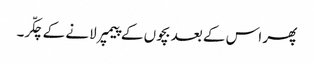
پھر اس کے بعد بچوں کے پیمپر لانے کے چکّر۔